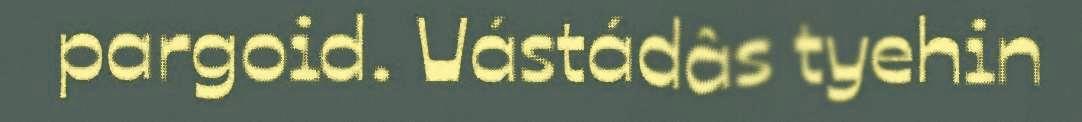
pargoid. Vástádâs tyehin